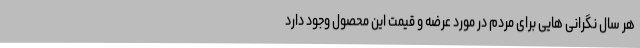
هر سال نگرانی هایی برای مردم در مورد عرضه و قیمت این محصول وجود دارد